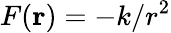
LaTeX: F(\mathbf{r})=-k/r^{2}